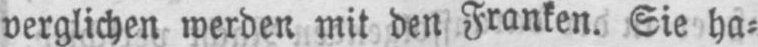
verglichen werden mit den Franken. Sie ha⸗